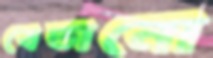
বেতানো